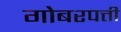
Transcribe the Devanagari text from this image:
गोबरपत्ती